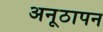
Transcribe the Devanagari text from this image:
अनूठापन